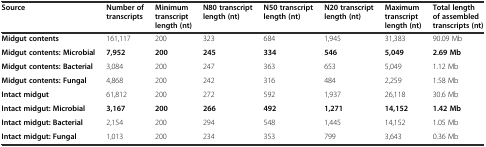
| Source | Number of transcripts | Minimum transcript length (nt) | N80 transcript length (nt) | N50 transcript length (nt) | N20 transcript length (nt) | Maximum transcript length (nt) | Total length of assembled transcripts (nt) |
 | --- | --- | --- | --- | --- | --- | --- | --- |
 | Midgut contents | 161,117 | 200 | 323 | 684 | 1,945 | 31,383 | 90.09 Mb |
 | Midgut contents: Microbial | 7,952 | 200 | 245 | 334 | 546 | 5,049 | 2.69 Mb |
 | Midgut contents: Bacterial | 3,084 | 200 | 247 | 363 | 653 | 5,049 | 1.12 Mb |
 | Midgut contents: Fungal | 4,868 | 200 | 242 | 316 | 484 | 2,259 | 1.58 Mb |
 | Intact midgut | 61,812 | 200 | 272 | 592 | 1,937 | 26,118 | 30.6 Mb |
 | Intact midgut: Microbial | 3,167 | 200 | 266 | 492 | 1,271 | 14,152 | 1.42 Mb |
 | Intact midgut: Bacterial | 2,154 | 200 | 294 | 548 | 1,445 | 14,152 | 1.05 Mb |
 | Intact midgut: Fungal | 1,013 | 200 | 234 | 353 | 799 | 3,643 | 0.36 Mb |